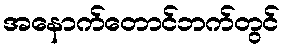
အနောက်တောင်ဘက်တွင်